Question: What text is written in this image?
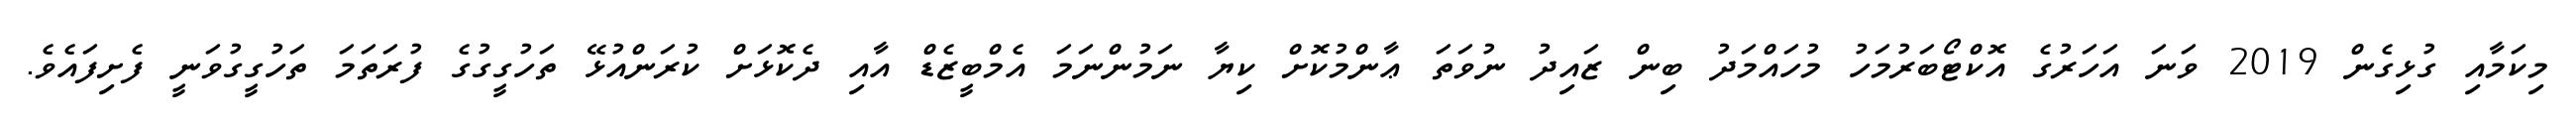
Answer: މިކަމާއި ގުޅިގެން 2019 ވަނަ އަހަރުގެ އޮކްޓޯބަރުމަހު މުހައްމަދު ބިން ޒައިދު ނުވަތަ ޢާންމުކޮށް ކިޔާ ނަމުންނަމަ އެމްބީޒެޑް އާއި ދެކޮޅަށް ކުރަންއުޅޭ ތަހުގީގުގެ ފުރަތަމަ ތަހުގީގުވަނީ ފެށިފައެވެ.